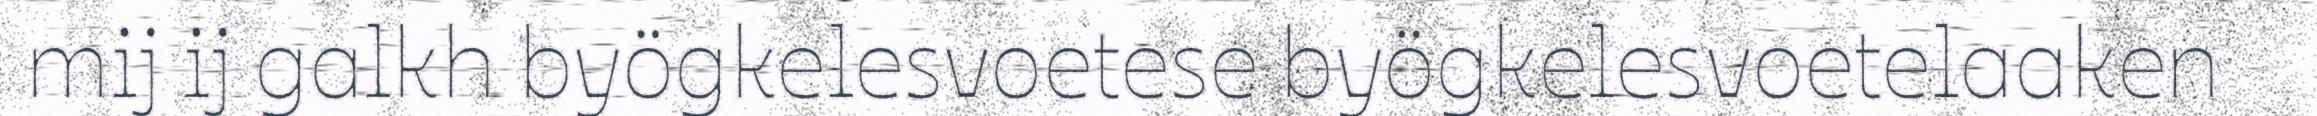
mij ij galkh byögkelesvoetese byögkelesvoetelaaken